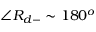
\angle R _ { d - } \sim 1 8 0 ^ { o }